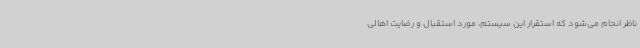
ناظر انجام می‌شود که استقرار این سیستم، مورد استقبال و رضایت اهالی